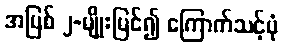
အပြစ် ၂-မျိုးမြင်၍ ကြောက်သင့်ပုံ